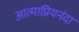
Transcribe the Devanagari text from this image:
आत्माप्रियनंदा